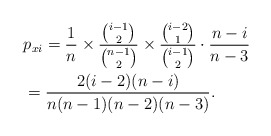
\begin{align*}&p_{xi}=\frac1n\times \frac{\binom{i-1}{2}}{\binom{n-1}{2}}\times \frac{\binom{i-2}{1}}{\binom{i-1}{2}}\cdot \frac{n-i}{n-3}\\&=\frac{2(i-2)(n-i)}{n(n-1)(n-2)(n-3)}.\end{align*}